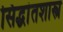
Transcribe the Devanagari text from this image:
सिद्धांतशास्त्र